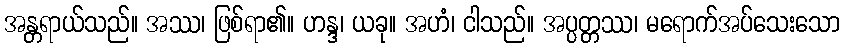
အန္တရာယ်သည်။ အဿ၊ ဖြစ်ရာ၏။ ဟန္ဒ၊ ယခု။ အဟံ၊ ငါသည်။ အပ္ပတ္တဿ၊ မရောက်အပ်သေးသော